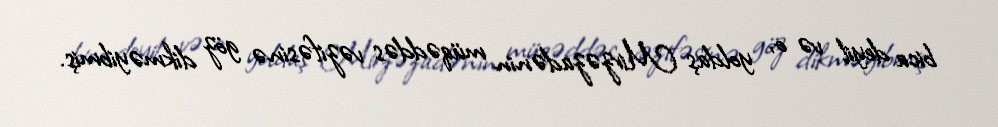
bica deyil və o, yoldaş Mirzəzadənin müqəddəs vəzifəsinə göz dikməyibmiş.